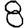
Digit: 8